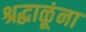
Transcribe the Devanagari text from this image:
श्रद्धाळूंना